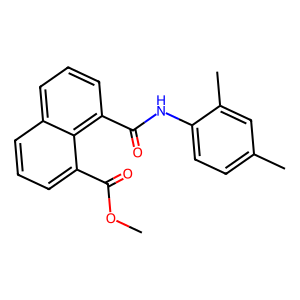
SMILES: COC(=O)c1cccc2cccc(C(=O)Nc3ccc(C)cc3C)c12
Inhibits HIV replication: No